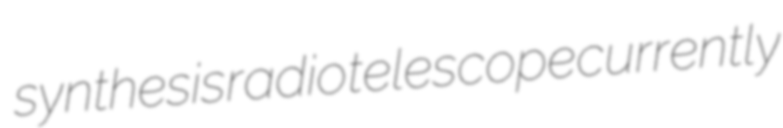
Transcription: synthesis radio telescope currently